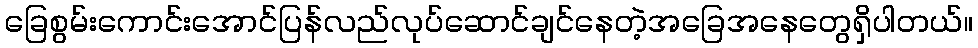
ခြေစွမ်းကောင်းအောင်ပြန်လည်လုပ်ဆောင်ချင်နေတဲ့အခြေအနေတွေရှိပါတယ်။